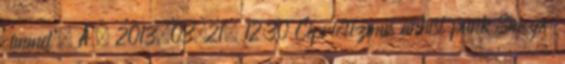
címmel”. A . 2013.03.21. 12:30 Cipriotizmus anhist punk Smogx: